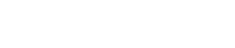
ဘဝအတွေ့အကြုံများ ရရှိသည်။